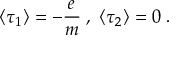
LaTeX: \langle \tau _ { 1 } \rangle = - \frac { e } { m } \; , \; \langle \tau _ { 2 } \rangle = 0 \; .